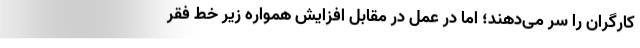
کارگران را سر می‌دهند؛ اما در عمل در مقابل افزایش همواره زیر خط فقر